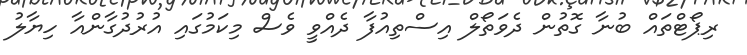
ރިޕޯޓްތައް ބުނާ ގޮތުން ދެވަތޯލް އިސްތިއުފާ ދެއްވީ ވެސް މިކަމުގައި އުރުދުގާންއާ ހިޔާލު